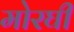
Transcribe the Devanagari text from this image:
मोरघी